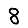
Digit: 8